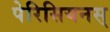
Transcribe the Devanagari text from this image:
पेरिसियनस्